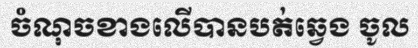
ចំណុចខាងលើបានបត់ឆ្វេង ចូល